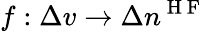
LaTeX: f:\Delta v\to\Delta n^{\mathrm{~H~F~}}